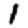
Digit: 1